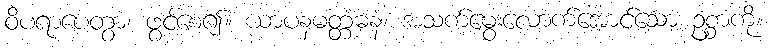
ဝိပရာပေတွာ၊ ဖွင့်စေ၍။ ယာပနမတ္တံဓနံ၊ အသက်မွေးလောက်အောင်သော ဥစ္စာကို။